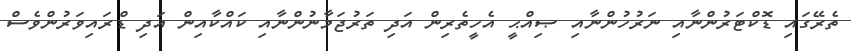
ތެރޭގައި ޑޮކްޓަރުންނާއި ނަރުހުންނާއި ޞިއްޙީ އެހީތެރިން އަދި ތަރުޖަމާނުންނާއި ކައްކާއިން އަދި ޑްރައިވަރުންވެސް